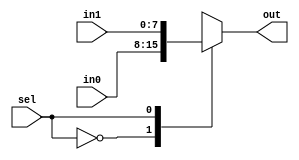
`timescale 1ns / 1ps
//////////////////////////////////////////////////////////////////////////////////
// Company: 
// Engineer: 
// 
// Design Name: 
// Module Name: mux2x8b
// Project Name: 
// Target Devices: 
// Tool Versions: 
// Description: 
// 
// Dependencies: 
// 
// Revision:
// Revision 0.01 - File Created
// Additional Comments:
// 
//////////////////////////////////////////////////////////////////////////////////


module mux2x8b(
    input [7:0] in0,
    input [7:0] in1,
    input sel,
    output reg [7:0] out
    );
    
    always@(*)begin
        case(sel)
            1'b0: out = in0;
            1'b1: out = in1;
        endcase
    end
    
endmodule